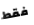
فقط